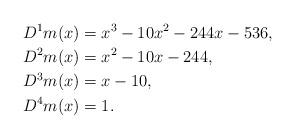
LaTeX: \begin{align*} D^1m(x) &= x^3-10x^2-244x-536, \\ D^2m(x) &= x^2-10x-244, \\ D^3m(x) &= x-10, \\ D^4m(x) &= 1.\end{align*}